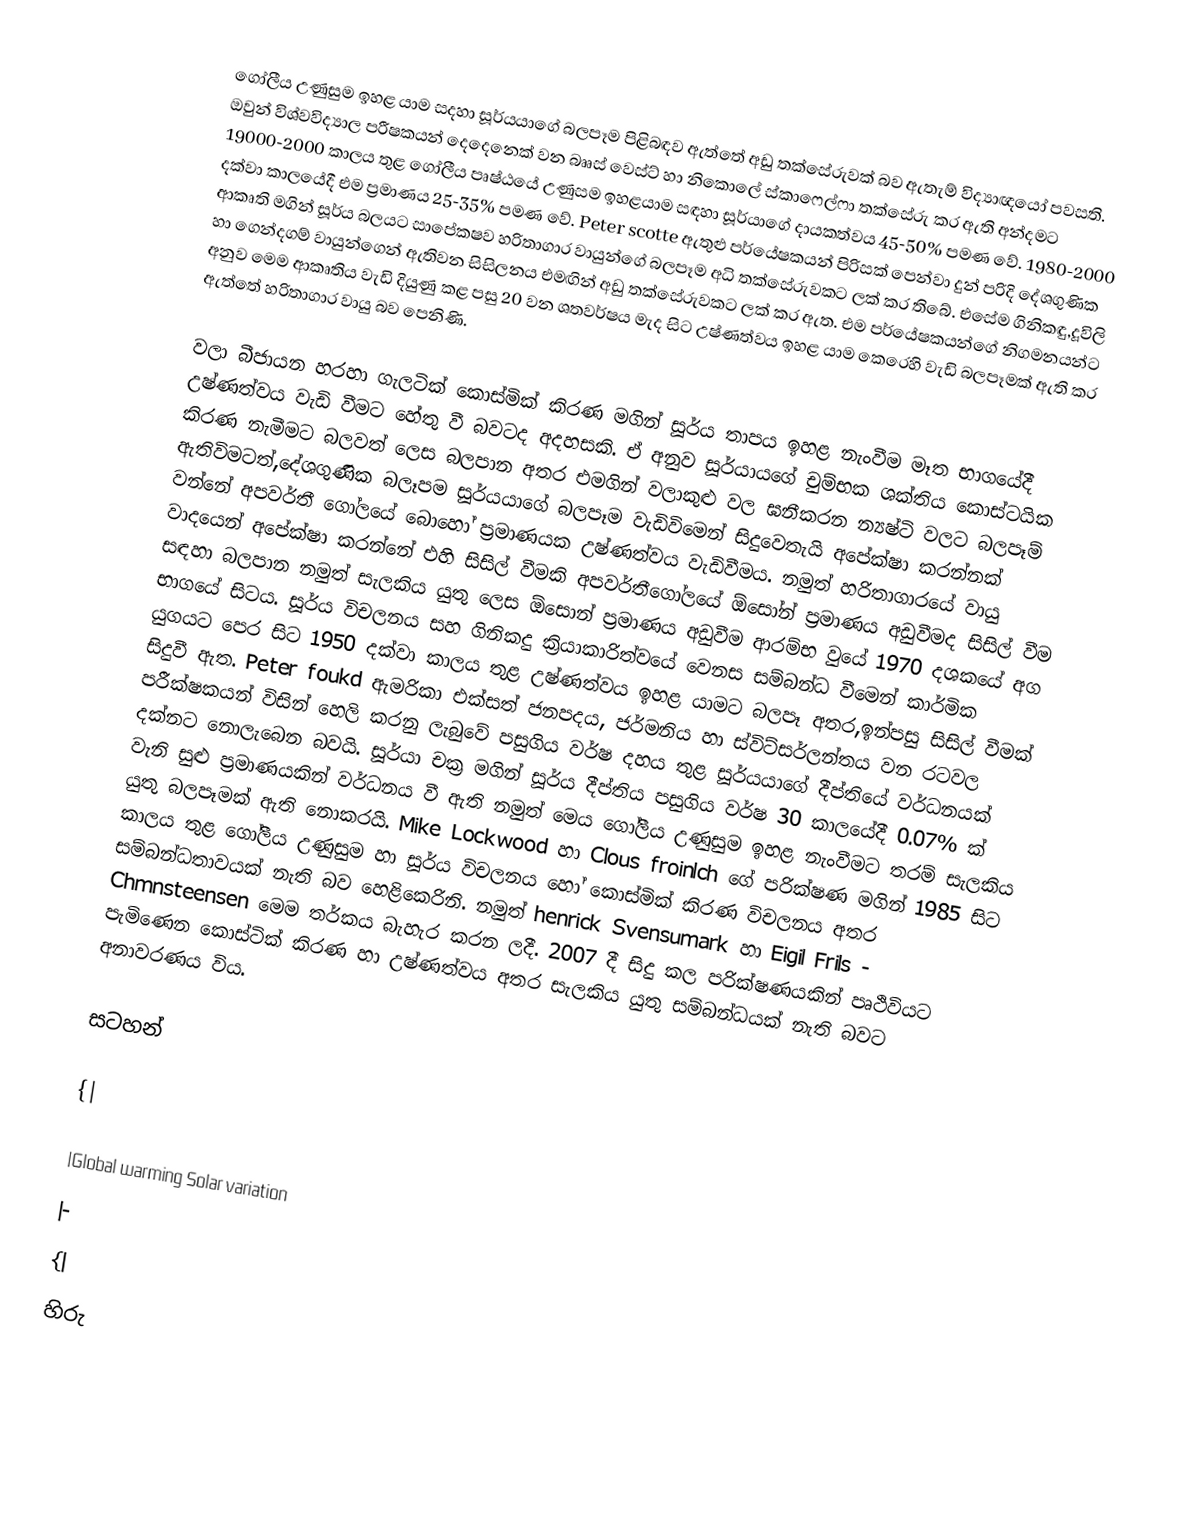
ගෝලීය උණුසුම ඉහළ යාම සදහා සූර්යයාගේ බලපෑම පිළිබඳව ඇත්තේ අඩු තක්සේරුවක් බව  ඇතැම් විද්‍යාඥයෝ පවසති. ඔවුන් විශ්වවිද්‍යාල‍ පරීෂකයන් දෙදෙනෙක් වන බෲස් වෙස්ට් හා  නිකොලේ ස්කාෆෙල්ෆා තක්සේරු කර ඇති අන්දමට 19000-2000 කාලය තුළ ගෝලීය පෘෂ්ඨයේ උණුසම ඉහළයාම සඳහා සූර්යාගේ දායකත්වය 45-50% පමණ වේ. 1980-2000 දක්වා කාලයේදී එම ප්‍රමාණය 25-35% පමණ වේ. Peter scotte ඇතුළු පර්යේෂකයන් පිරිසක් පෙන්වා දුන් පරිදි දේශගුණික ආකෘති මගින් සූර්ය බලයට සාපේකෂව හරිතාගාර වායුන්ගේ බලපෑම අධි තක්සේරුවකට ලක් කර තිබේ.  එසේම ගිනිකඳු,දූවිලි හා ගෙන්දගම් ‍වායුන්ගෙන් ඇතිවන සිසිලනය එමඟින් අඩු තක්සේරුවකට ලක් කර ඇත. එම පර්යේෂකයන්ගේ  නිගමනයන්ට  අනුව මෙම ආකෘතිය වැඩි දියුණු කළ පසු 20 වන ශතවර්ෂය මැද සිට උෂ්ණත්වය ඉහළ යාම කෙරෙහි  වැඩි බලපෑමක්  ඇති කර ඇත්තේ හරිතාගාර වායු බව පෙනිණි.

වලා බීජායන හරහා ගැලටික් කොස්මික් කිරණ මගින් සූර්ය තාපය ඉහළ නැංවීම මෑත භාගයේදී උෂ්ණත්වය වැඩි වීමට හේතු වී බවටද අදහසකි. ඒ අනුව සූර්යායගේ චුම්භක ශක්තිය කොස්ටයික කිරණ නැමීමට බලවත් ලෙස බලපාන අතර එමගින් වලාකුළු වල ඝනීකරන න්‍යෂ්ටි වලට බලපෑම් ඇතිවිමටත්,දේශගුණික බලෑපම සූර්යයාගේ බලපෑම වැඩිවිමෙන් සිදුවෙතැයි අපේක්ෂා කරන්නක් වන්නේ අපවර්තී ගෝල‍යේ බොහෝ ප්‍රමාණයක උෂ්ණත්වය වැඩිවීමය. නමුත් හරිතාගාරයේ වායු වාදයෙන් අපේක්ෂා කරන්නේ එහි සිසිල් වීමකි අපවර්තීගෝලයේ ඕසෝන් ප්‍රමාණය අඩුවීමද සිසිල් වීම සඳහා බලපාන නමුත් සැලකිය යුතු ලෙස ඕසොන් ප්‍රමාණය අඩුවීම ආරම්භ වුයේ 1970 දශකයේ අග භාගයේ සිටය. සූර්ය විචලනය සහ ගිනිකදු ක්‍රියාකාරිත්වයේ වෙනස සම්බන්ධ වීමෙන් කාර්මික යුගයට පෙර සිට 1950 දක්වා කාලය තුළ උෂ්ණත්වය ඉහළ යාමට බලපෑ අතර,ඉන්පසු සිසිල් වීමක් සිදුවී ඇත. Peter foukd  ඇමරිකා එක්සත් ජනපදය, ජර්මනිය හා ස්විට්සර්ලන්තය වන රටවල පරීක්ෂකයන් විසින් හෙලි කරනු ලැබුවේ පසුගිය වර්ෂ දහය තුළ සූර්යයාගේ දීප්තියේ වර්ධනයක් දක්නට නොලැබෙන බවයි. සූර්යා චක්‍ර මගින් සූර්ය දීප්තිය පසුගිය වර්ෂ 30 කාලයේදී 0.07% ක් වැනි සුළු ප්‍රමාණයකින් වර්ධනය වී ඇති නමුත් මෙය ගෝලීය උණුසුම ඉහළ නැංවීමට තරම් සැලකිය යුතු බලපෑමක් ඇති නොකරයි. Mike Lockwood හා Clous froinlch ‍ගේ පරික්ෂණ මගින් 1985 සිට කාලය තුළ ගෝලීය උණුසුම හා සූර්ය විචලනය හෝ කොස්මික් කිරණ විචලනය අතර සම්බන්ධතාවයක් නැති බව හෙළිකෙරිනි. නමුත් henrick Svensumark හා Eigil Frils - Chmnsteensen  මෙම තර්කය බැහැර කරන ලදී. 2007 දී සිදු කල පරික්ෂණයකින් පෘථිවියට පැමිණෙන කොස්ටික් කිරණ හා උෂ්ණත්වය අතර සැලකිය යුතු සම්බන්ධයක් නැති බවට අනාවරණය විය.

සටහන්

{|

|Global warming Solar variation
|-
{|
හිරු